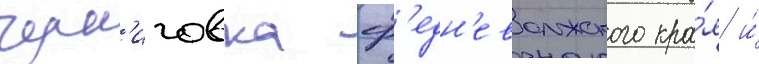
черн'иговка ср'едн'еволжского кра́я и́